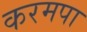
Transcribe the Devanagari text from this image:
करमपा